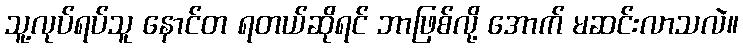
သူ့လုပ်ရပ်သူ နောင်တ ရတယ်ဆိုရင် ဘာဖြစ်လို့ အောက် မဆင်းလာသလဲ။